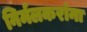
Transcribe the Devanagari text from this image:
निर्मलकरांना